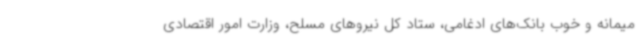
میمانه و خوب بانک‌های ادغامی، ستاد کل نیروهای مسلح، وزارت امور اقتصادی